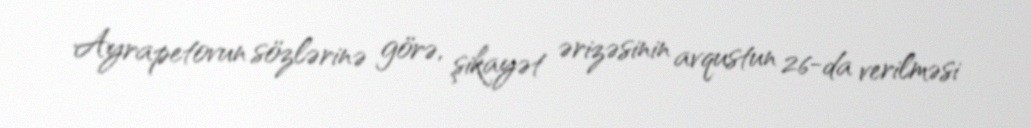
Ayrapetovun sözlərinə görə, şikayət ərizəsinin avqustun 26-da verilməsi